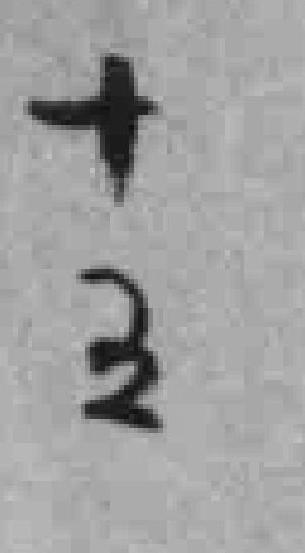
十五